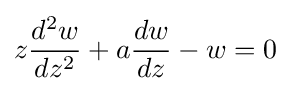
z{\frac {d^{2}w}{dz^{2}}}+a{\frac {dw}{dz}}-w=0